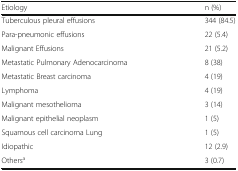
<table><thead><tr><td><b>Etiology</b></td><td><b>n (%)</b></td></tr></thead><tbody><tr><td>Tuberculous pleural effusions</td><td>344 (84.5)</td></tr><tr><td>Para-pneumonic effusions</td><td>22 (5.4)</td></tr><tr><td>Malignant Effusions</td><td>21 (5.2)</td></tr><tr><td>Metastatic Pulmonary Adenocarcinoma</td><td>8 (38)</td></tr><tr><td>Metastatic Breast carcinoma</td><td>4 (19)</td></tr><tr><td>Lymphoma</td><td>4 (19)</td></tr><tr><td>Malignant mesothelioma</td><td>3 (14)</td></tr><tr><td>Malignant epithelial neoplasm</td><td>1 (5)</td></tr><tr><td>Squamous cell carcinoma Lung</td><td>1 (5)</td></tr><tr><td>Idiopathic</td><td>12 (2.9)</td></tr><tr><td>Others<sup>a</sup></td><td>3 (0.7)</td></tr></tbody></table>